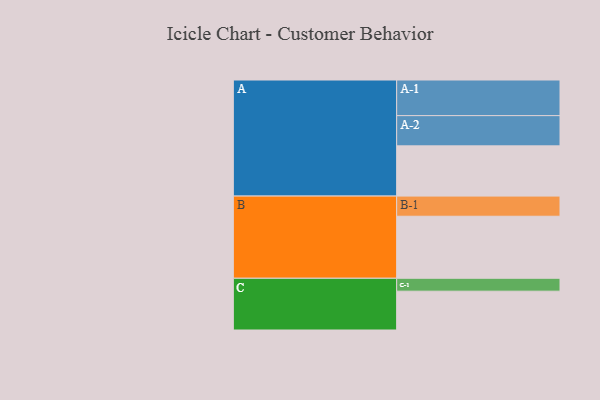
{"axis": {"x": "Segment", "y": "Value"}, "legend": ["", "A", "B", "C"], "data": [{"x": "A", "y": 409, "type": ""}, {"x": "B", "y": 505, "type": ""}, {"x": "C", "y": 316, "type": ""}, {"x": "A-1", "y": 290, "type": "A"}, {"x": "A-2", "y": 246, "type": "A"}, {"x": "B-1", "y": 164, "type": "B"}, {"x": "C-1", "y": 105, "type": "C"}]}